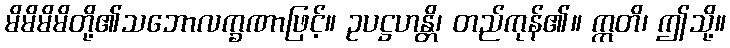
မိမိမိမိတို့၏သဘောလက္ခဏာဖြင့်။ ဥပဋ္ဌဟန္တိ၊ တည်ကုန်၏။ ဣတိ၊ ဤသို့။